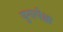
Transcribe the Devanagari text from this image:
युगापेक्षा